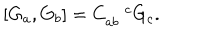
LaTeX: \left[ G _ { a } , G _ { b } \right] = C _ { a b } ^ { \quad c } G _ { c } .